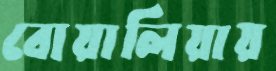
বোয়ালিয়ায়